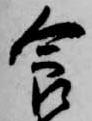
食